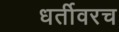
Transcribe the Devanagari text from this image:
धर्तीवरच